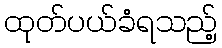
ထုတ်ပယ်ခံရသည့်